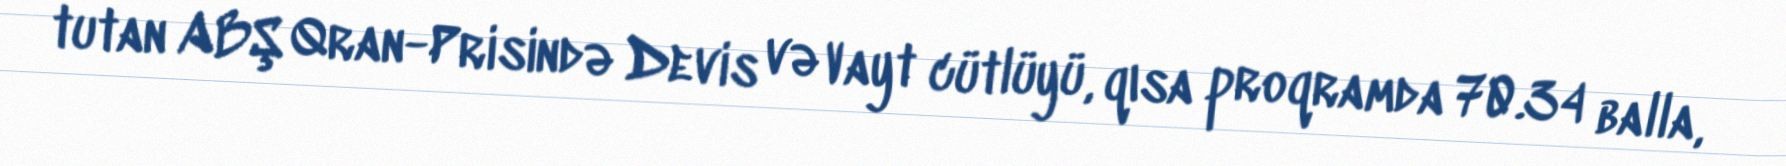
tutan ABŞ Qran-Prisində Devis və Vayt cütlüyü, qısa proqramda 70.34 balla,